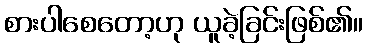
စားပါစေတော့ဟု ယူခဲ့ခြင်းဖြစ်၏။